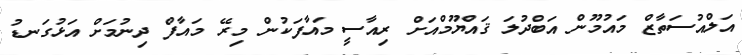
އަލްއުސަތާޒް މައުމޫން އަބްދުލަ ޤައްޔޫމްއަށް ރިއާސީ މައާފަކުން މިރޭ މައާފް ދިނުމަށް އަޅުގަނޑު